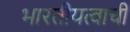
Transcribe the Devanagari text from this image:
भारतीयत्वाची